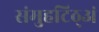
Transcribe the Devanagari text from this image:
संमुहटिठ्‌अं